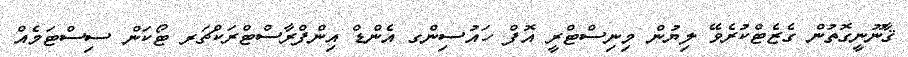
ޤާނޫނީގޮތުން ގެޒެޓްކުރެވޭ ލިޔުން މިނިސްޓްރީ އޮފް ހައުސިންގ އެންޑް އިންފްރާސްޓްރަކްޗަރ ޓޯކަން ސިސްޓަމެއް